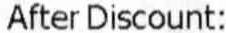
AFTER DISCOUNT: